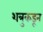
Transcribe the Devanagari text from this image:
शत्रुकडून